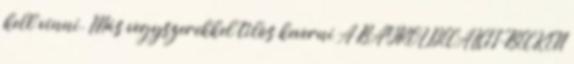
kell vinni. Más vegyszerekkel tilos keverni A BAYROL DECALCIT-BECKEN